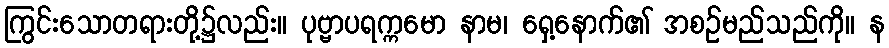
ကြွင်းသောတရားတို့၌လည်း။ ပုဗ္ဗာပရက္ကမော နာမ၊ ရှေ့နောက်၏ အစဉ်မည်သည်ကို။ န